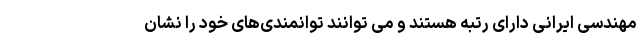
مهندسی ایرانی دارای رتبه هستند و می توانند توانمندی‌های خود را نشان